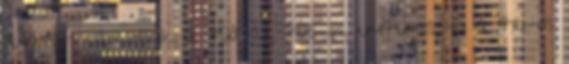
javaslat kapcsolódik a 708-as, 705-ös, 6476-os, és a 716-os